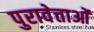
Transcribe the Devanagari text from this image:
पुरावेत्ताओं